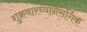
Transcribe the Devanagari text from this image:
शुक्रवारच्यानैसर्गिक